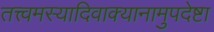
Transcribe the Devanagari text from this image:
तत्त्वमस्यादिवाक्यानामुपदेष्टा